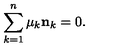
\sum _ { k = 1 } ^ { n } \mu _ { k } { \bf n } _ { k } = 0 .